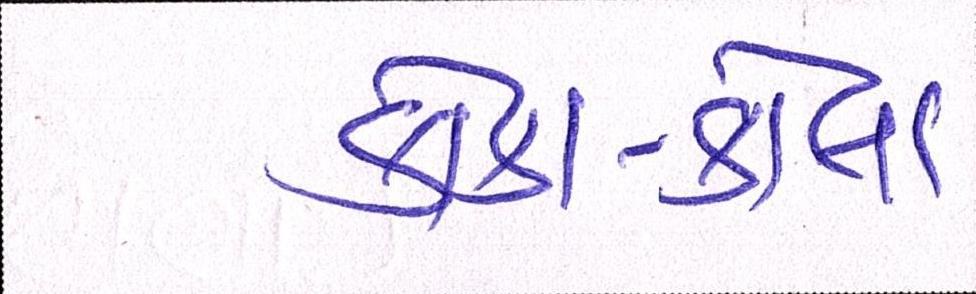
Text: કોકા-કોલા